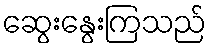
ဆွေးနွေးကြသည်